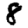
Digit: 8